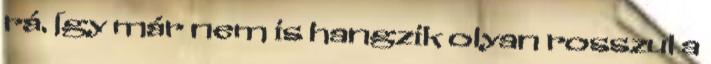
rá. Így már nem is hangzik olyan rosszul a